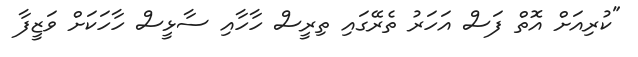
"ކުރިއަށް އޮތް ފަސް އަހަރު ތެރޭގައި ތިރީސް ހާހާއި ސާޅީސް ހާހަކަށް ވަޒީފާ